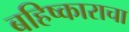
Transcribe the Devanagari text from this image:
बहिष्काराचा